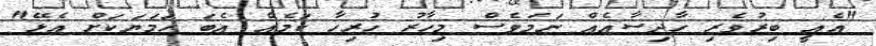
"އެއީ ބިރުވެރި ހާދިސާއެއް ނަމަވެސް މިހާރު ހުރިހާ ކަމެއް އެބަ ހަމަޔަކަށް އެޅޭ"